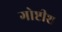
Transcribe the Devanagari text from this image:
गोष्टीश